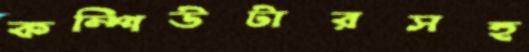
কম্পিউটারসহ